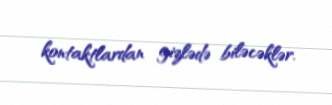
kontaktlardan gizlədə biləcəklər.